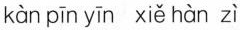
kàn pīn yīn xiě hàn zì